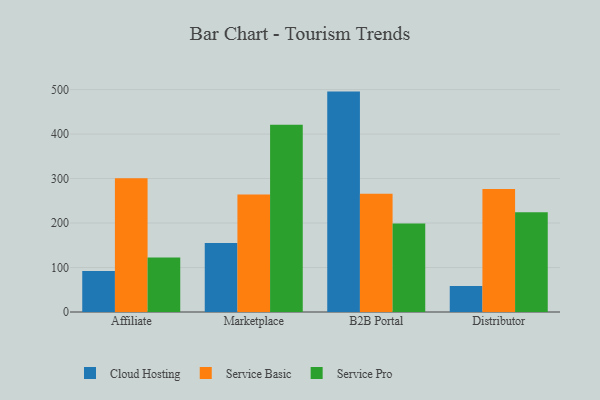
{"axis": {"x": "Channel", "y": "Page Views"}, "legend": ["Cloud Hosting", "Service Basic", "Service Pro"], "data": [{"x": "Affiliate", "y": 92.1, "type": "Cloud Hosting"}, {"x": "Affiliate", "y": 300.8, "type": "Service Basic"}, {"x": "Affiliate", "y": 122.5, "type": "Service Pro"}, {"x": "Marketplace", "y": 155.3, "type": "Cloud Hosting"}, {"x": "Marketplace", "y": 264.1, "type": "Service Basic"}, {"x": "Marketplace", "y": 421.2, "type": "Service Pro"}, {"x": "B2B Portal", "y": 495.5, "type": "Cloud Hosting"}, {"x": "B2B Portal", "y": 265.6, "type": "Service Basic"}, {"x": "B2B Portal", "y": 199.2, "type": "Service Pro"}, {"x": "Distributor", "y": 58.6, "type": "Cloud Hosting"}, {"x": "Distributor", "y": 276.6, "type": "Service Basic"}, {"x": "Distributor", "y": 224.5, "type": "Service Pro"}]}